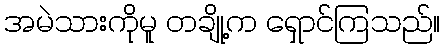
အမဲသားကိုမူ တချို့က ရှောင်ကြသည်။